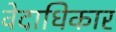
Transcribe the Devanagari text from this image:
वेदाधिकार